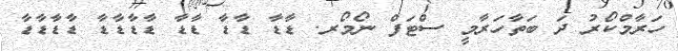
ހަރާމްކޯރު ދަ ބަތާހަރާމީ ސްޓަފް ނޯމޯރ. ޑާޑާ ޑާޑާ ޑާޑާ ޑާޑާޑާޑާ ޑާޑާޑާޑާ